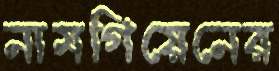
নামগিয়েনের